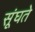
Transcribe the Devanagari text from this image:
सूंघते